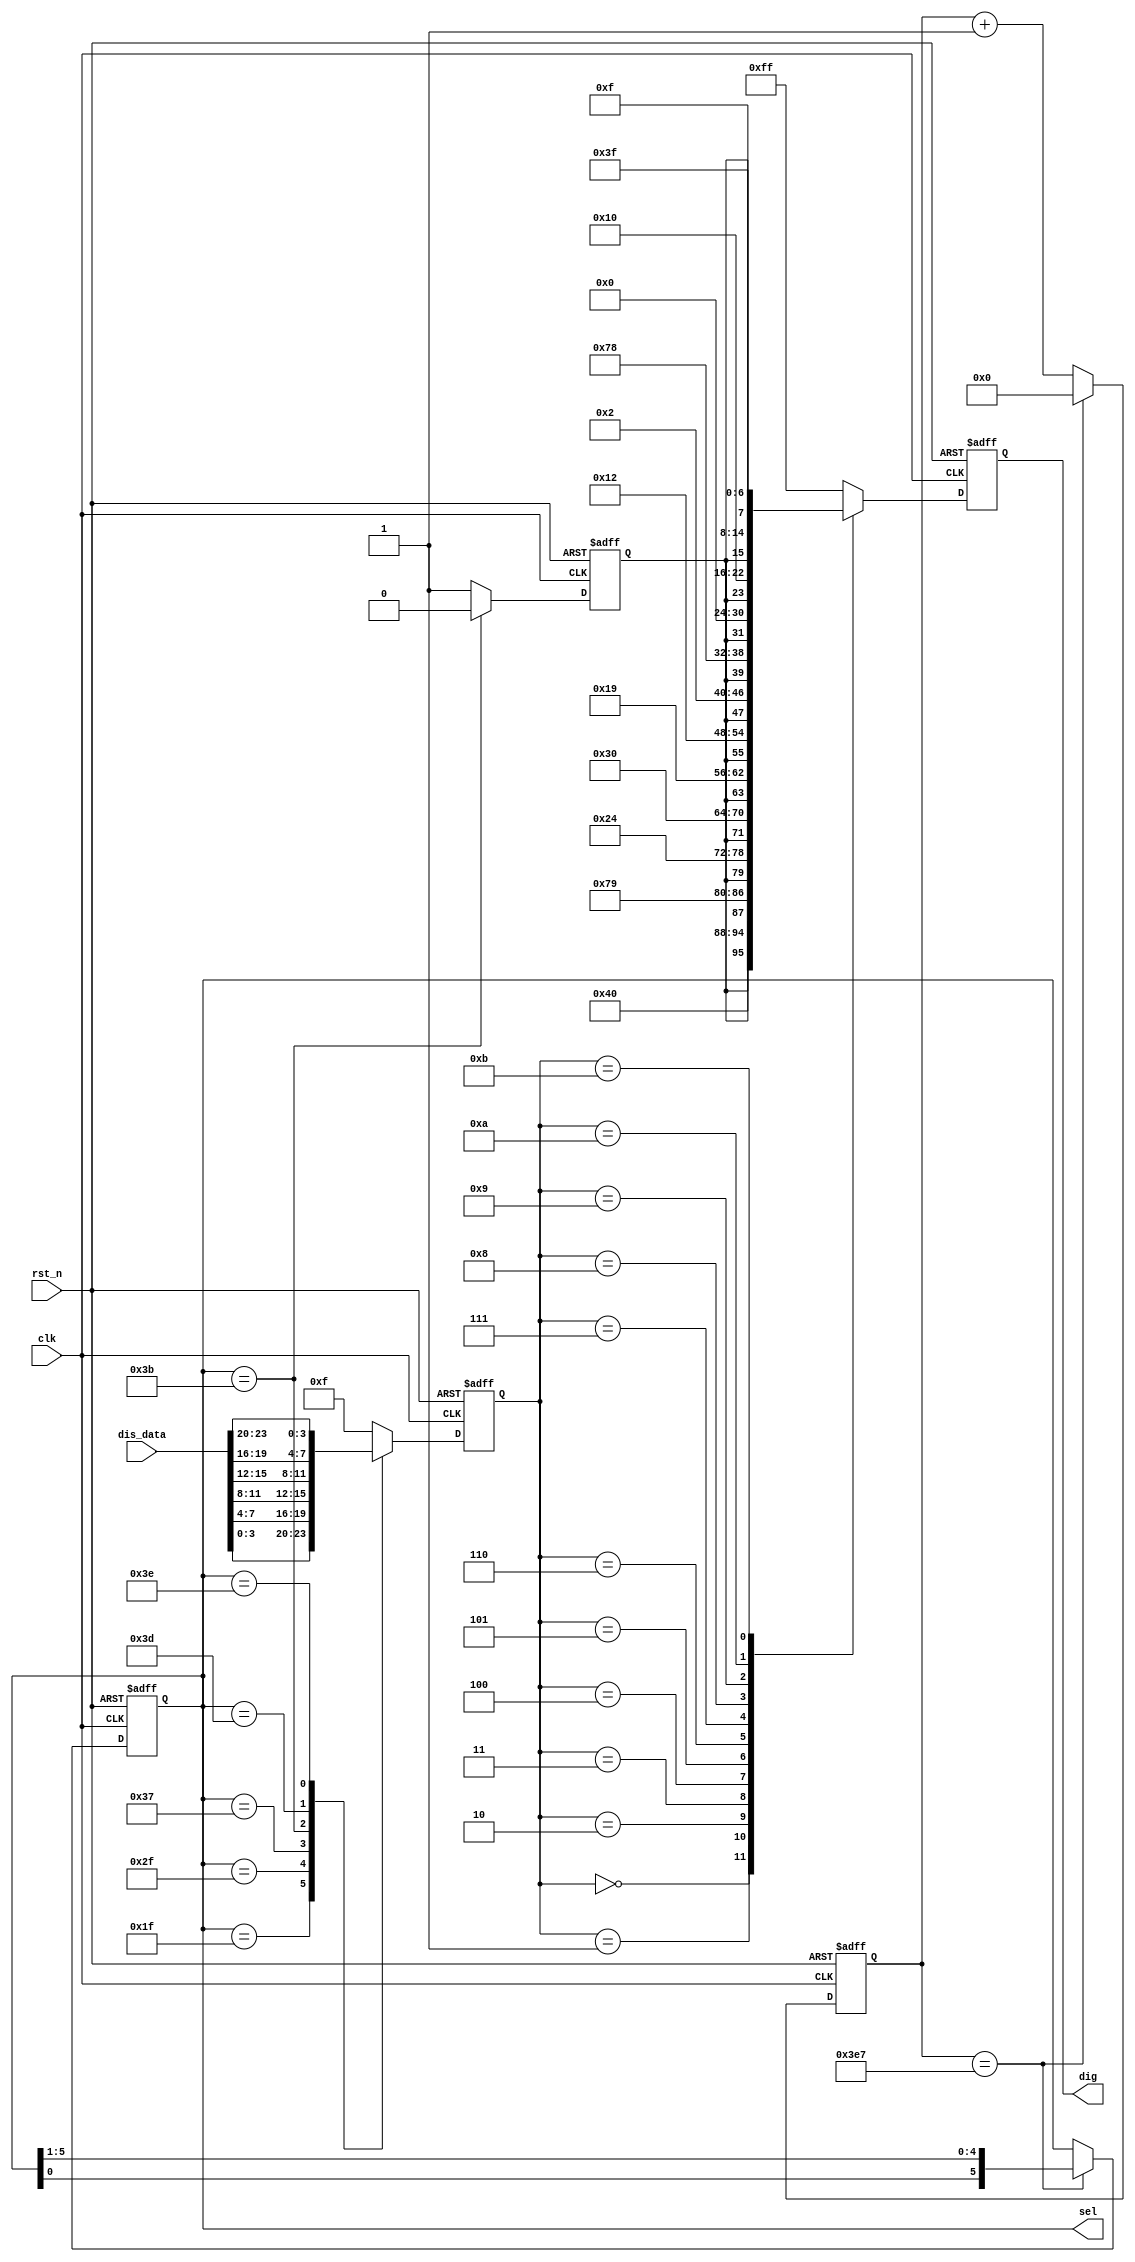
module sel_driver(
    input               clk         ,
    input               rst_n       ,
    input       [23:0]  dis_data    ,   //
    output reg  [5:0]   sel         ,   //
    output reg  [7:0]   dig             //
);

    parameter   ZER = 7'b100_0000,
                ONE = 7'b111_1001,
                TWO = 7'b010_0100,
                THR = 7'b011_0000,
                FOU = 7'b001_1001,
                FIV = 7'b001_0010,
                SIX = 7'b000_0010,
                SEV = 7'b111_1000,
                EIG = 7'b000_0000,
                NIN = 7'b001_0000,
                A   = 7'b000_1111,  //
                B   = 7'b011_1111;  //

    parameter   TIME_20US = 1000;   

    reg     [9:0]       cnt     ;
    wire                add_cnt ;
    wire                end_cnt ;

    reg                 dot     ;   //
    reg     [3:0]       data    ;   //

    always @(posedge clk or negedge rst_n)begin 
        if(!rst_n)begin
            cnt <= 0;
        end 
        else if(add_cnt)begin 
            if(end_cnt)begin 
                cnt <= 0;
            end
            else begin 
                cnt <= cnt + 1;
            end 
        end
        else begin 
            cnt <= cnt;
        end 
    end 
    assign add_cnt = 1'b1;
    assign end_cnt = add_cnt && cnt == TIME_20US - 1 ;

    always @(posedge clk or negedge rst_n)begin 
        if(!rst_n)begin
            sel <= 6'b011_111;
        end 
        else if(end_cnt)begin 
            sel <= {sel[0],sel[5:1]};
        end 
        else begin 
            sel <= sel;
        end 
    end

    always @(posedge clk or negedge rst_n)begin
        if(!rst_n)begin
            dot <= 1'b1;
            data <= 4'hf;
        end
        else begin
            case(sel)
                6'b011_111 : begin data <= dis_data[3:0]    ; dot <= 1'b1; end 
                6'b101_111 : begin data <= dis_data[7:4]    ; dot <= 1'b1; end 
                6'b110_111 : begin data <= dis_data[11:8]   ; dot <= 1'b1; end 
                6'b111_011 : begin data <= dis_data[15:12]  ; dot <= 1'b0; end  
                6'b111_101 : begin data <= dis_data[19:16]  ; dot <= 1'b1; end 
                6'b111_110 : begin data <= dis_data[23:20]  ; dot <= 1'b1; end 
                default    : begin data <= 4'hf             ; dot <= 1'b1; end 
            endcase
        end
    end

    always @(posedge clk or negedge rst_n)begin
        if(!rst_n)begin
            dig <= 8'hFF;
        end
        else begin
            case(data)
                4'd0   :   dig <= {dot,ZER} ;
                4'd1   :   dig <= {dot,ONE} ;
                4'd2   :   dig <= {dot,TWO} ;
                4'd3   :   dig <= {dot,THR} ;
                4'd4   :   dig <= {dot,FOU} ;
                4'd5   :   dig <= {dot,FIV} ;
                4'd6   :   dig <= {dot,SIX} ;
                4'd7   :   dig <= {dot,SEV} ;
                4'd8   :   dig <= {dot,EIG} ;
                4'd9   :   dig <= {dot,NIN} ;
                4'hA   :   dig <= {dot,A}   ;
                4'hB   :   dig <= {dot,B}   ;
                default : dig <= 8'hFF;
            endcase
        end
    end

endmodule